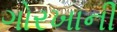
ગોરખાની